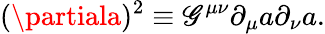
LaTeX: (\partiala)^{2}\equiv\mathscr{G}^{\mu\nu}\partial_{\mu}a\partial_{\nu}a.